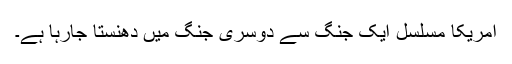
امریکا مسلسل ایک جنگ سے دوسری جنگ میں دھنستا جارہا ہے۔